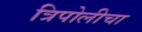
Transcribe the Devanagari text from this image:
त्रिपोलीचा